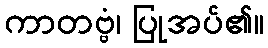
ကာတဗ္ဗံ၊ ပြုအပ်၏။